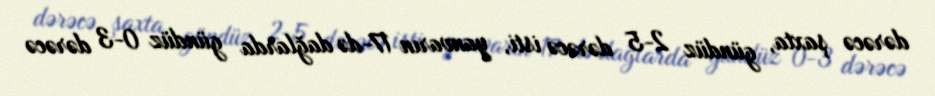
dərəcə şaxta, gündüz 2-5 dərəcə isti, yanvarın 17-də dağlarda gündüz 0-3 dərəcə